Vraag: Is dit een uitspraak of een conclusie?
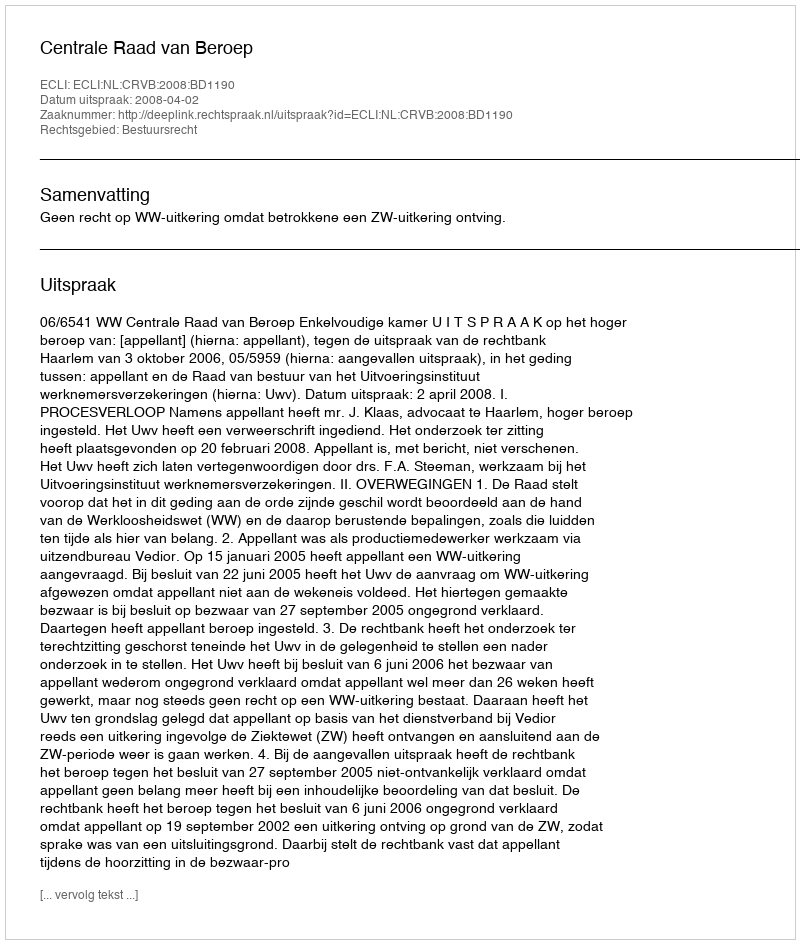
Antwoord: Uitspraak